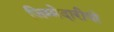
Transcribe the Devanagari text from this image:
जिम्मेदारीयो